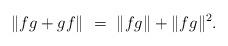
LaTeX: \begin{align*}\|fg + gf\| \ &= \ \|fg\| + \|fg\|^2.\end{align*}